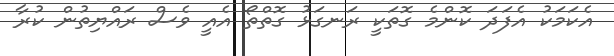
އެކަމަކު އެފަދަ ކޮންމެ ގޮތަކީ ރަނގަޅު ގޮތްތޯ އެއީ ވެސް ރައްޔިތުން ކުރާ